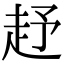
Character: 𧺥